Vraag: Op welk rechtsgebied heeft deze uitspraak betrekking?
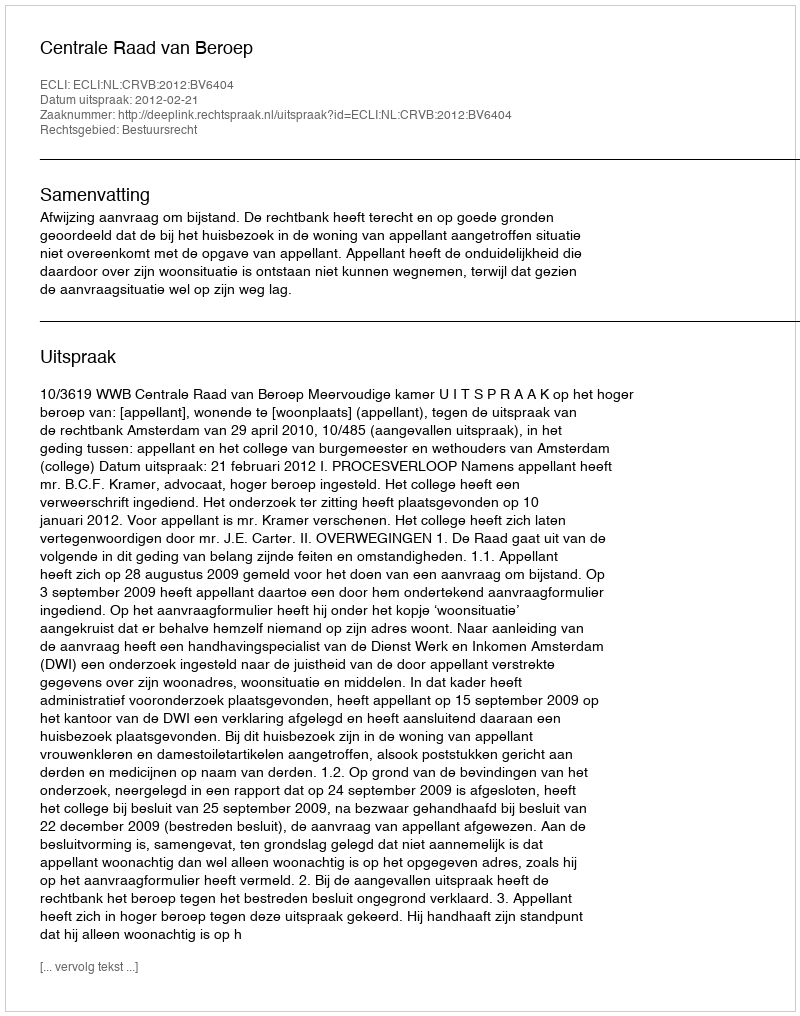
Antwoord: Bestuursrecht